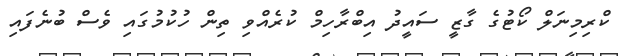
ކްރިމިނަލް ކޯޓުގެ ގާޒީ ސައީދު އިބްރާހިމް ކުރެއްވި ތިން ހުކުމުގައި ވެސް ބުނެފައި